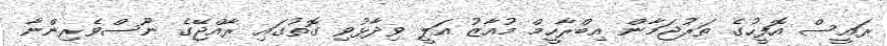
ރައީސް އޮފީހުގެ ތަރުޖަމާން އިބްރާހީމް މުއާޒު އަލީ ވިދާޅުވި ގޮތުގައި ރާއްޖޭގެ ނޫސްވެރިންނާ